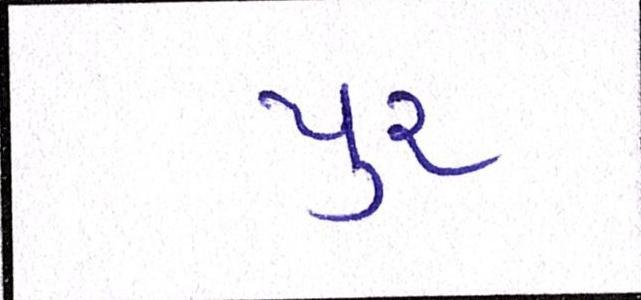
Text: પુર